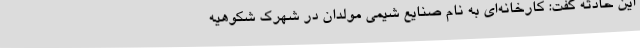
این حادثه گفت: کارخانه‌ای به نام صنایع شیمی مولدان در شهرک شکوهیه